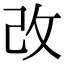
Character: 改